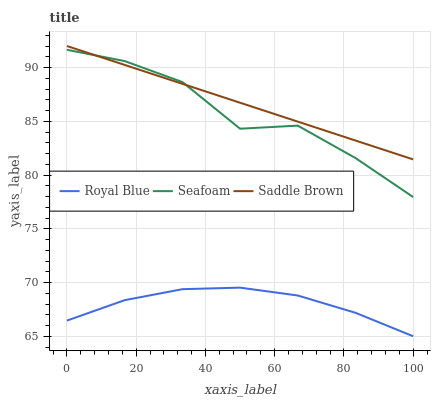
| xaxis_label | Royal Blue | Seafoam | Saddle Brown |
 | --- | --- | --- | --- |
 | 0 | 66.5 | 91.6 | 92 |
 | 16.7 | 68.4 | 90.6 | 90.2 |
 | 33.3 | 69.4 | 88.7 | 88.5 |
 | 50 | 69.5 | 84.3 | 86.7 |
 | 66.7 | 68.8 | 84.6 | 85 |
 | 83.3 | 67.2 | 81.6 | 83.2 |
 | 100 | 65 | 77.9 | 81.5 |